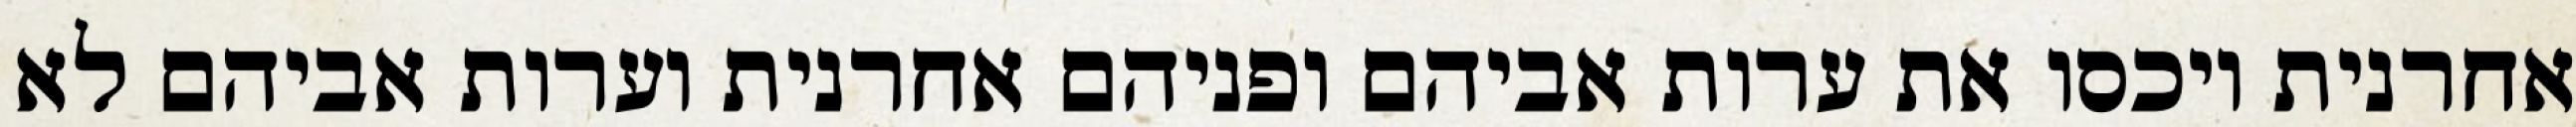
אחרנית ויכסו את ערות אביהם ופניהם אחרנית וערות אביהם לא